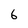
Character: 6